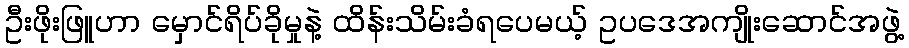
ဦးဖိုးဖြူဟာ မှောင်ရိပ်ခိုမှုနဲ့ ထိန်းသိမ်းခံရပေမယ့် ဥပဒေအကျိုးဆောင်အဖွဲ့